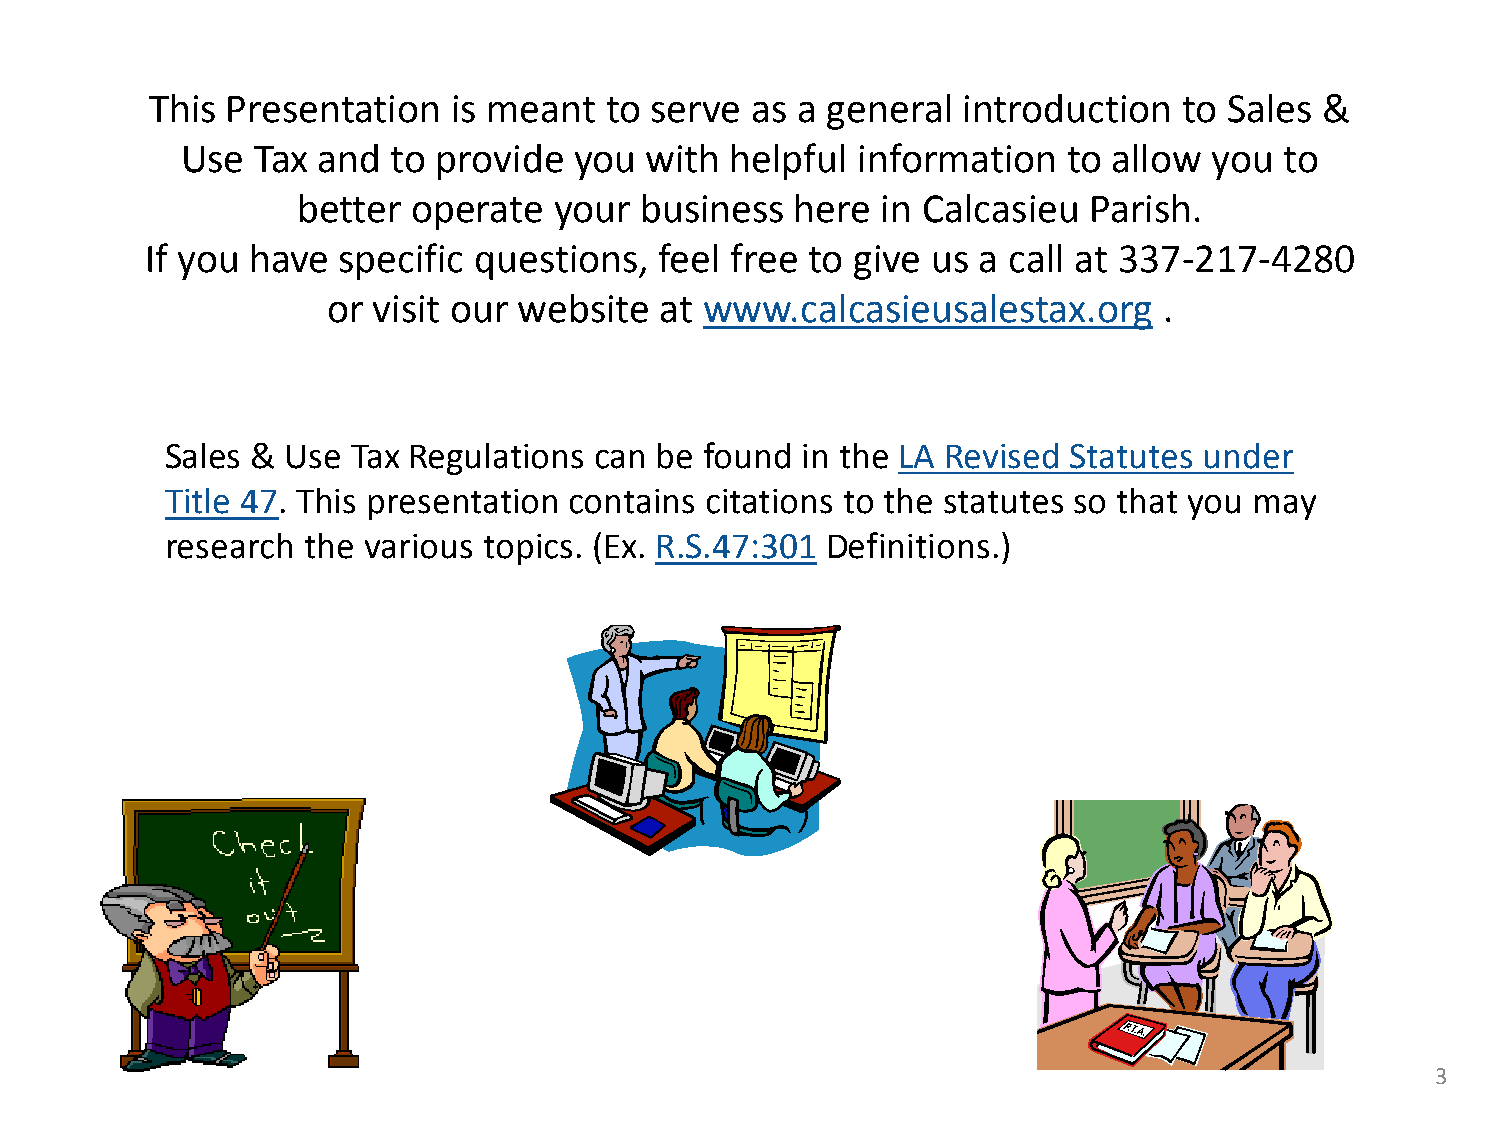
This Presentation   is meant  to serve  as a general  introduction  to Sales  &
 Use  Tax and  to provide  you  with helpful  information   to allow you  to
 better operate   your business   here in Calcasieu  Parish.
 If you have specific questions,   feel free to give us a call at 337-217-4280
 or visit our website  at www.calcasieusalestax.org     .
 Sales & Use Tax Regulations can be  found in the LA Revised Statutes under
 Title 47. This presentation contains citations to the statutes so that you may
 research the various topics. (Ex. R.S.47:301 Definitions.)
 3